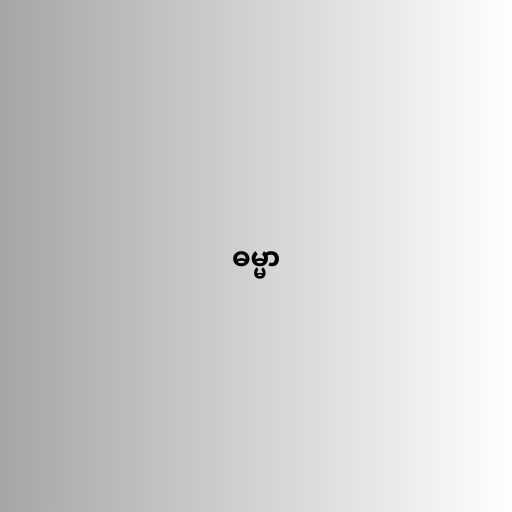
ဓမ္မာ